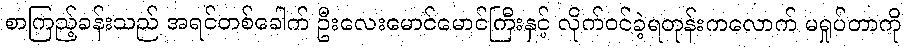
စာကြည့်ခန်းသည် အရင်တစ်ခေါက် ဦးလေးမောင်မောင်ကြီးနှင့် လိုက်ဝင်ခဲ့ရတုန်းကလောက် မရှုပ်တာကို